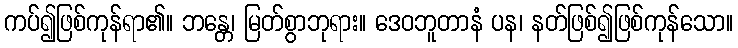
ကပ်၍ဖြစ်ကုန်ရာ၏။ ဘန္တေ၊ မြတ်စွာဘုရား။ ဒေဝဘူတာနံ ပန၊ နတ်ဖြစ်၍ဖြစ်ကုန်သော။